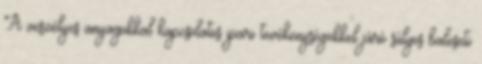
A veszélyes anyagokkal kapcsolatos ipari tevékenységekkel járó súlyos baleseti